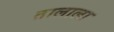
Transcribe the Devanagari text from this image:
तालाला